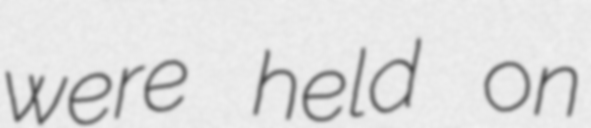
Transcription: were held on